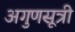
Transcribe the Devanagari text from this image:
अगुणसूत्री